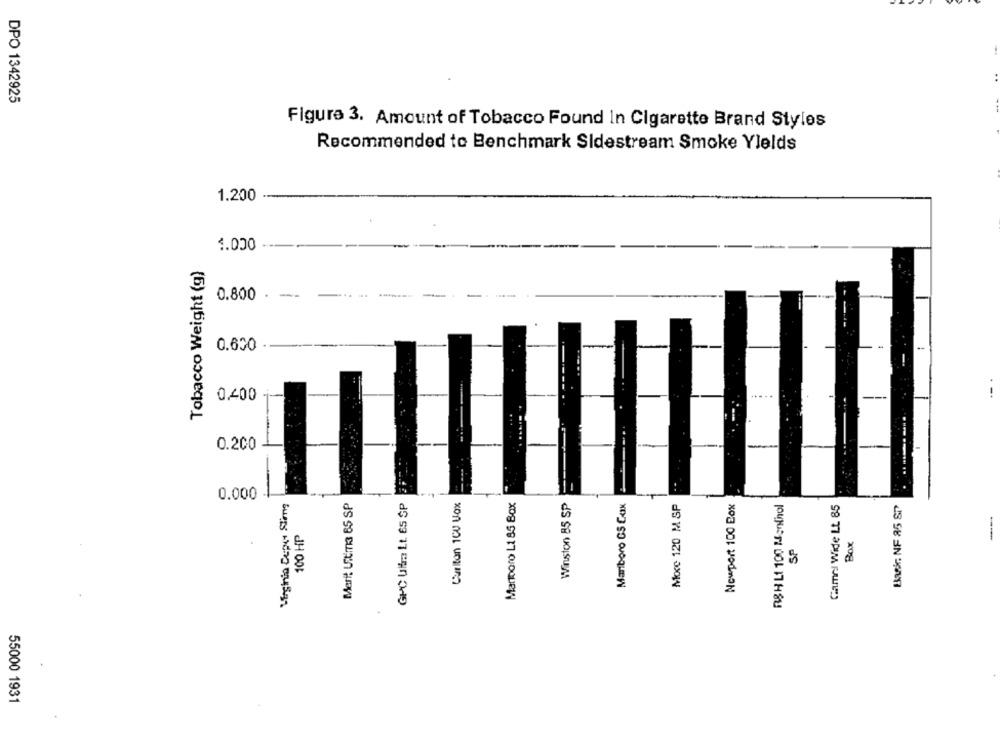
DPO 1342925
Figure 3. Amount of Tobacco Found In Cigarette Brand Styles
Recommended to Benchmark Sidestream Smoke Yields
1.200
1.000
Tobacco Weight (g)
0.800 - ---
0.600
0.400
0.200
O
0.000
Meri! Ultima 65 SP
GPC Ultra Lt. ÉS SP
Curiton 1CU Vox
Marmoro Lt 85 Box
Winston 85 SP
Mariboro GS Cox
Moce 120 M SP
Newport 100 Box
RSH L1 100 Menthol
Games Wide Lt. 85
Bask. NF 85 ST
100 HP
BOX
.
SP
55000 1931